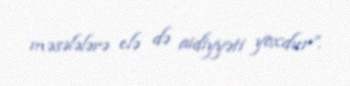
məsələlərə elə də aidiyyəti yoxdur”.